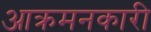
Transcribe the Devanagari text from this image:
आक्रमनकारी